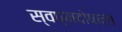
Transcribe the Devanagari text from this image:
स्वप्नदोषाला